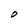
Character: O